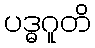
ပဒ္ဓဂူတိ